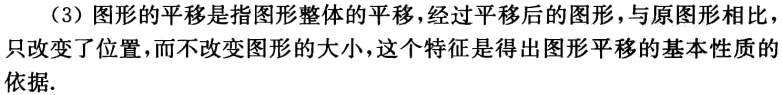
（3）图形的平移是指图形整体的平移，经过平移后的图形，与原图形相比，只改变了位置，而不改变图形的大小，这个特征是得出图形平移的基本性质的依据.